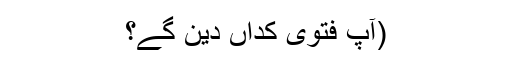
(آپ فتویٰ کِداں دین گے؟